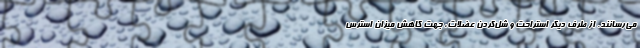
می‌رسانند. از طرف دیگر استراحت و شل‌کردن عضلات، ‌جهت کاهش میزان استرس